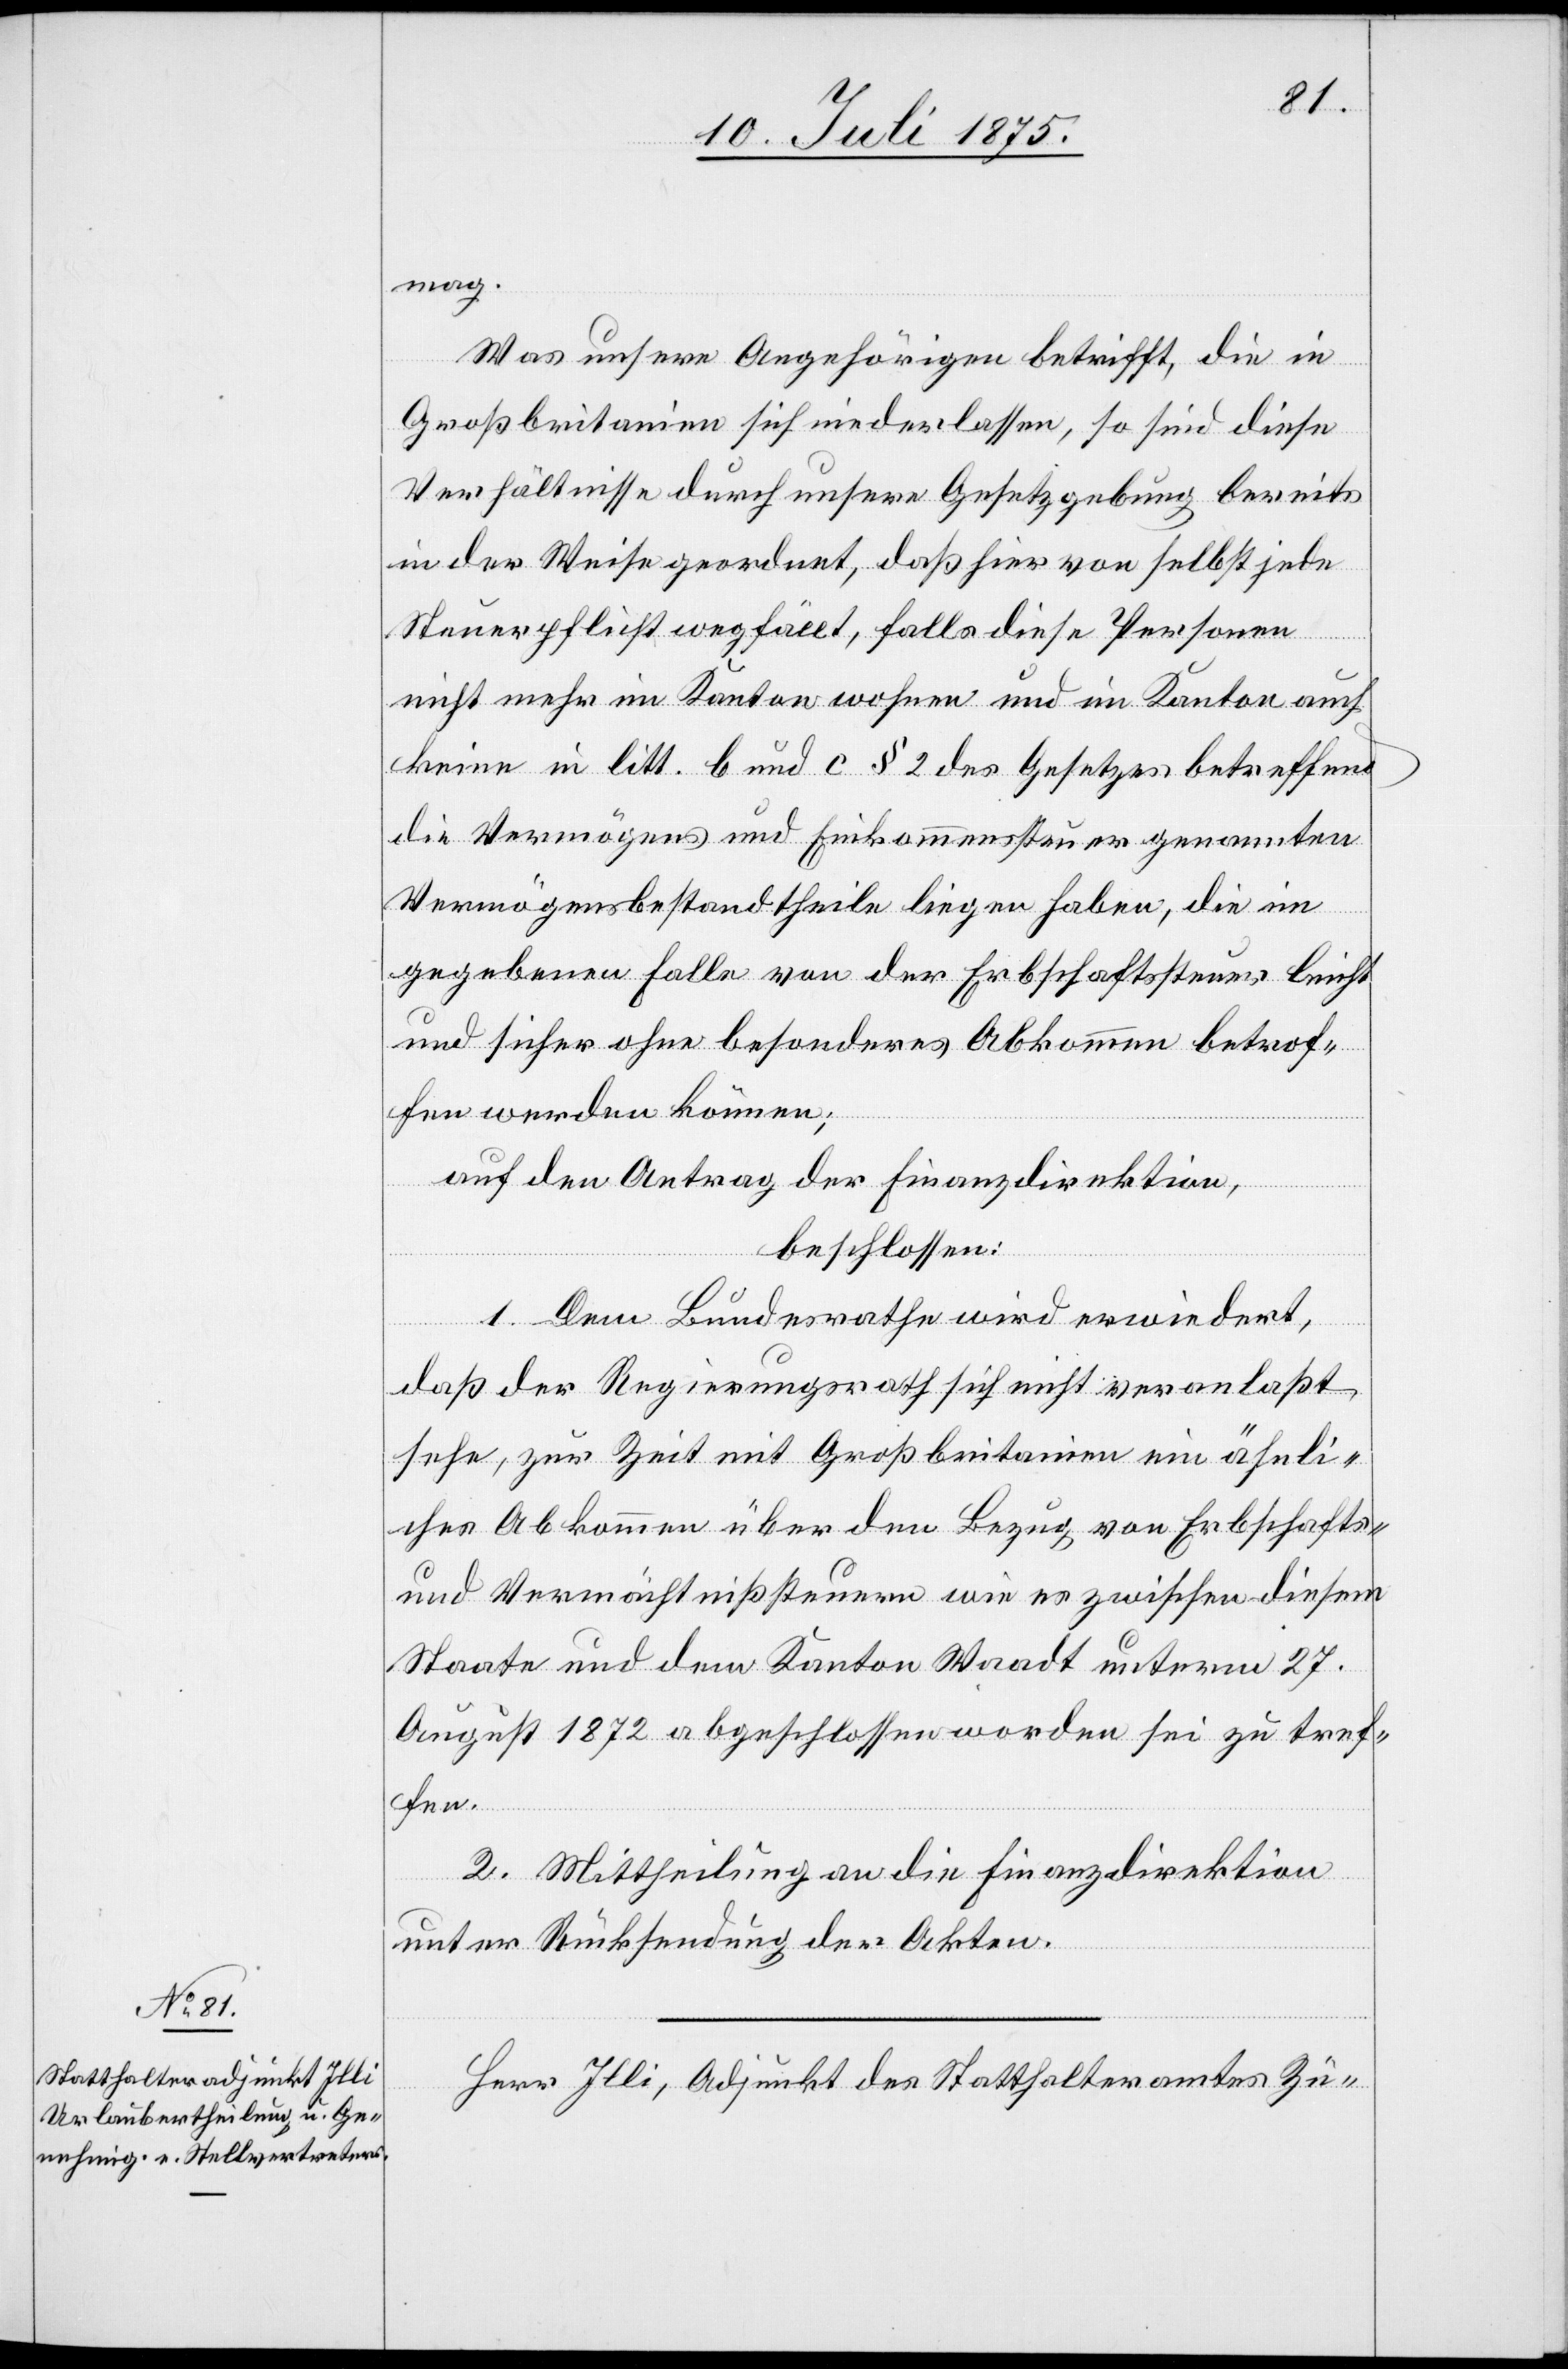
Herr Illi, Adjunkt des Statthalteramtes Zü-